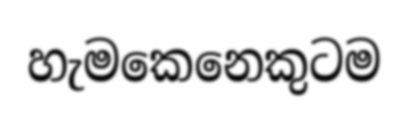
හැමකෙනෙකුටම